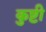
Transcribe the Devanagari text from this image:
कुष्टी